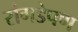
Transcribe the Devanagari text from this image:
रांगडेपण